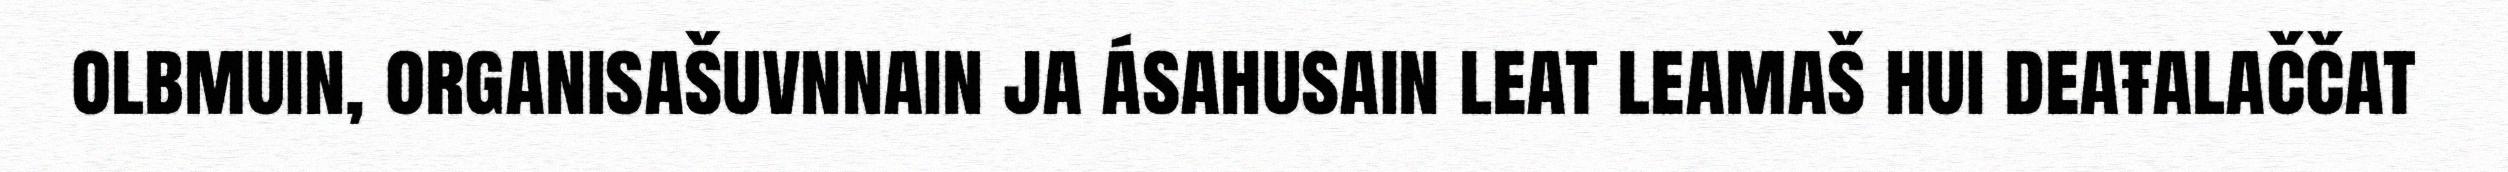
olbmuin, organisašuvnnain ja ásahusain leat leamaš hui deaŧalaččat